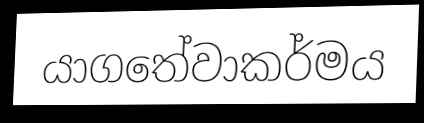
යාගතේවාකර්මය